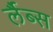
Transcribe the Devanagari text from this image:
र्लैब्स